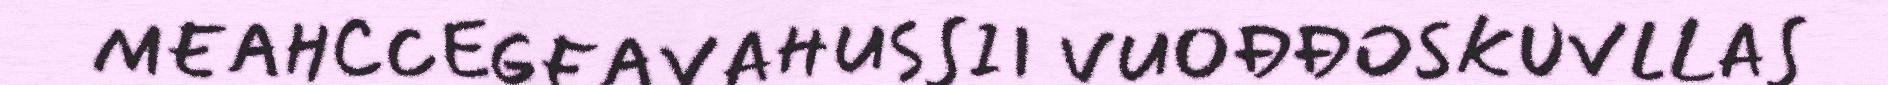
MEAHCCEGEAVAHUSSII VUOĐĐOSKUVLLAS